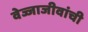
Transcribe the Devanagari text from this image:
वेज्जाजीवांची